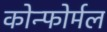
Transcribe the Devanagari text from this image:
कोन्फोर्मल